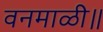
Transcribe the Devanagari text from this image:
वनमाळी॥